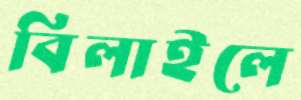
বিলাইলে